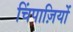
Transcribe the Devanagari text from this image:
चिंपाज़ियों